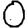
Digit: 0